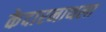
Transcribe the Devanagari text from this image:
केदारनाथला